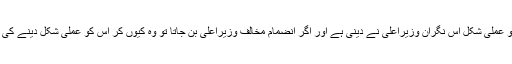
اب انضمام کے عمل کو عملی شکل اس نگران وزیراعلیٰ نے دینی ہے اور اگر انضمام مخالف وزیراعلیٰ بن جاتا تو وہ کیوں کر اس کو عملی شکل دینے کی سنجیدہ کوشش کرتے ۔